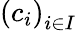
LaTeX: \left(c_{i}\right)_{i\in I}